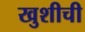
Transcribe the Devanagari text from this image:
खुशीची